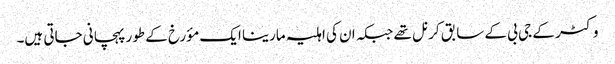
وکٹر کے جی بی کے سابق کرنل تھے جبکہ ان کی اہلیہ مارینا ایک مؤرخ کے طور پہچانی جاتی ہیں۔